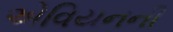
એવિયનની